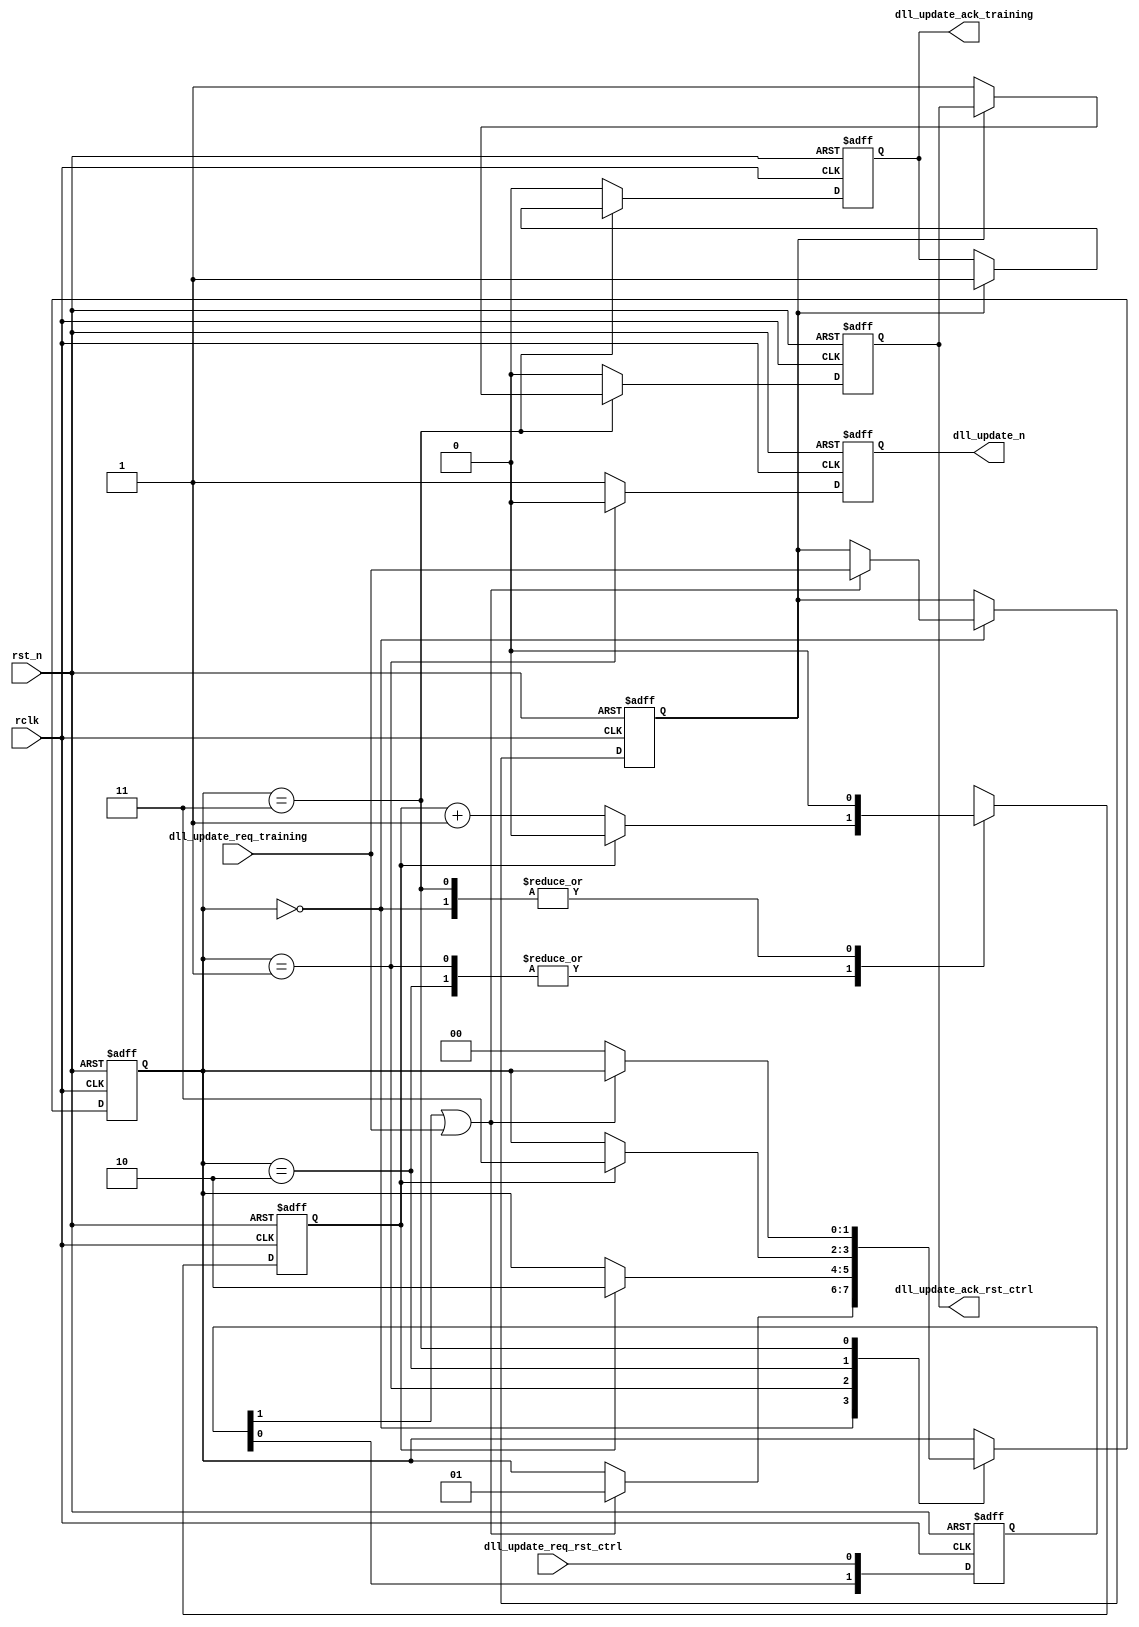
module ipsl_ddrphy_dll_update_ctrl(
input rclk,
input rst_n,

input dll_update_req_rst_ctrl,
output reg dll_update_ack_rst_ctrl,

input  dll_update_req_training,
output reg dll_update_ack_training,

output reg dll_update_n
);

localparam IDLE     = 2'd0;
localparam DLL_UP   = 2'd1;
localparam WAIT     = 2'd2;
localparam ACK      = 2'd3;

reg [1:0] dll_update_req_rst_ctrl_d;
reg [1:0] state;
reg update_from_training;
reg [0:0] cnt;

//*****************************************************
//update from rst_ctrl is async while update req from training is sync
always @(posedge rclk or negedge rst_n)
   if (!rst_n) begin
      dll_update_req_rst_ctrl_d <= 2'd0;
   end
   else begin
      dll_update_req_rst_ctrl_d <= {dll_update_req_rst_ctrl_d[0], dll_update_req_rst_ctrl};
   end

wire update_req = dll_update_req_rst_ctrl_d[1] | dll_update_req_training;

always @(posedge rclk or negedge rst_n)
   if (!rst_n) begin
      state                <= IDLE;
      update_from_training <= 1'b0;
      cnt                  <= 0;
   end
   else begin
      case (state)
         IDLE: begin
            cnt   <= 0;
            if (update_req) begin
               state <= DLL_UP;
               update_from_training <= dll_update_req_training;
            end
         end
         DLL_UP: begin //assert dll_update_n; capture DLL step
            if (cnt[0]) begin
               state <= WAIT;
               cnt   <= 0;
            end
            else
               cnt <= cnt + 1;
         end
         WAIT: begin
            if (cnt[0]) begin
               cnt   <= 0;
               state <= ACK;
            end
            else
               cnt <= cnt + 1;
         end
         ACK: begin
            cnt   <= 0;
            if (~update_req)
               state <= IDLE;
         end
         default:
            state <= IDLE;
      endcase
   end
   
always @(posedge rclk or negedge rst_n)
   if (!rst_n) begin
      dll_update_ack_rst_ctrl <= 1'b0;
      dll_update_ack_training <= 1'b0;
      dll_update_n            <= 1'b0;
   end
   else begin
      if (state == ACK) begin
         if (update_from_training)
            dll_update_ack_training <= 1'b1;
         else
            dll_update_ack_rst_ctrl <= 1'b1;
      end
      else begin
         dll_update_ack_training <= 1'b0;
         dll_update_ack_rst_ctrl <= 1'b0;
      end
      
      if (state == DLL_UP)
         dll_update_n <= 1'b0; //when cnt = 0/1
      else
         dll_update_n <= 1'b1;
   end
   
endmodule